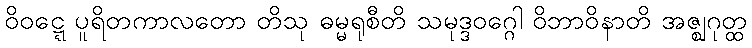
ဝိဝဋ္ဋေ ပူရိတကာလတော တိသု ဓမ္မရုစီတိ သမုဒ္ဒဝဂ္ဂေါ ဝိဘာဝိနာတိ အဇ္ဈဂုတ္ထ